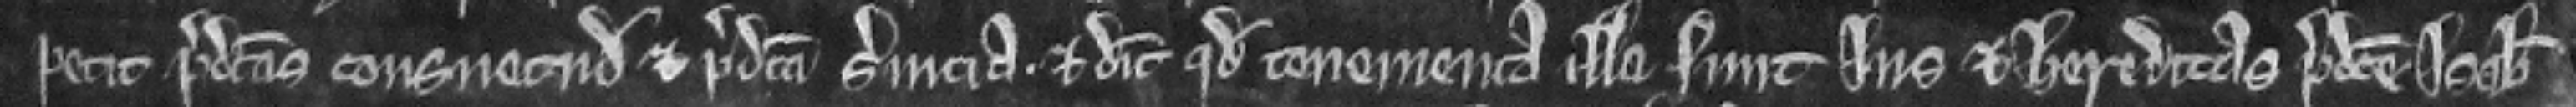
petit predictas consuetudines et predicta servicia. et dicit quod tenementa illa sunt jus et hereditas predicte Isabelle